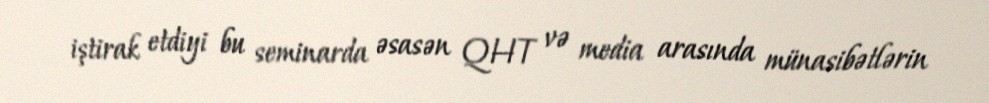
iştirak etdiyi bu seminarda əsasən QHT və media arasında münasibətlərin